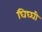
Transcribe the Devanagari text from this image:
घिघ्घी